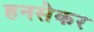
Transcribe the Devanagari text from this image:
हनसेकर